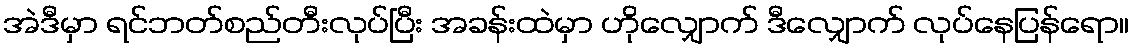
အဲဒီမှာ ရင်ဘတ်စည်တီးလုပ်ပြီး အခန်းထဲမှာ ဟိုလျှောက် ဒီလျှောက် လုပ်နေပြန်ရော။